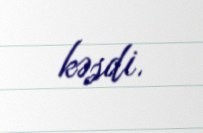
kəsdi.